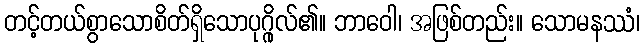
တင့်တယ်စွာသောစိတ်ရှိသောပုဂ္ဂိုလ်၏။ ဘာဝေါ၊ အဖြစ်တည်း။ သောမနဿံ၊